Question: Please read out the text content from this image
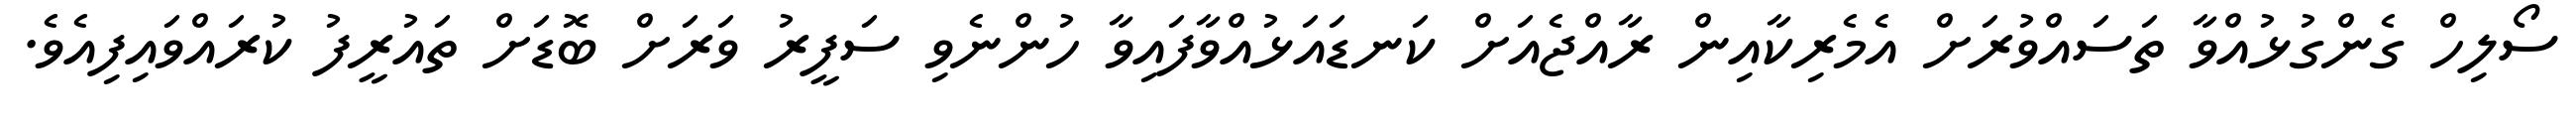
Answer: ސޯލިހް ގެންގުޅުއްވާ ތަސައްވުރަށް އެމެރިކާއިން ރާއްޖެއަށް ކަނޑައަޅުއްވާފައިވާ ހުންނެވި ސަފީރު ވަރަށް ބޮޑަށް ތައުރީފު ކުރައްވައިފިއެވެ.